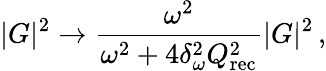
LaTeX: |G|^{2}\rightarrow\frac{\omega^{2}}{\omega^{2}+4\delta_{\omega}^{2}Q_{\mathrm{rec}}^{2}}|G|^{2}\, ,